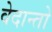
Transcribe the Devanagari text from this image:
वेदान्तो